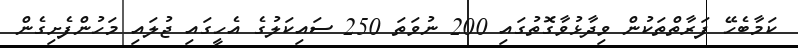
ކަމާބެހޭ ފަރާތްތަކުން ވިދާޅުވާގޮތުގައި 200 ނުވަތަ 250 ސައިކަލުގެ އެހީގައި ޖުލައި މަހުންފެށިގެން